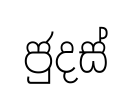
ජුදස්